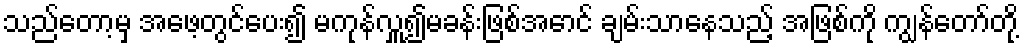
သည်တော့မှ အဖေ့တွင်ပေး၍ မကုန်လှူ၍မခန်းဖြစ်အောင် ချမ်းသာနေသည့် အဖြစ်ကို ကျွန်တော်တို့